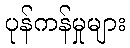
ပုန်ကန်မှုများ